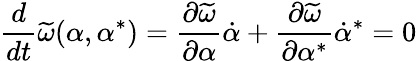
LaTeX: \frac{d}{dt}\widetilde\omega(\alpha,\alpha^{*})=\frac{\partial\widetilde\omega}{\partial\alpha}\dot{\alpha}+\frac{\partial\widetilde\omega}{\partial\alpha^{*}}\dot{\alpha}^{*}=0